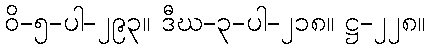
ဝိ-၅-ပါ-၂၉၃။ ဒီဃ-၃-ပါ-၂၁၈။ ဋ္ဌ-၂၂၈။